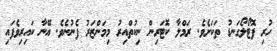
ހުރި ފޮޓޯލޯގަނޑު ތަކަށެވެ. ރަމްލާ ކޮޓަރިން ނިކުތްއިރު މިމަންޒަރު ފެނުނެވެ. އޭނާ ކައިރިވެފައި